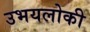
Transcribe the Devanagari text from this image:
उभयलोकी